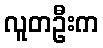
လူတဦးက